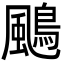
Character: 𩘲